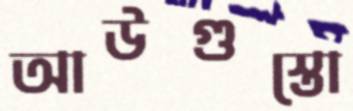
আউগুস্তো